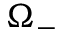
\Omega _ { - }